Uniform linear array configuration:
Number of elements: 24
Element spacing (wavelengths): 0.25
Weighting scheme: uniform
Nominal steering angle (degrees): -15
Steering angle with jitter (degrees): -15.896
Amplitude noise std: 0.05
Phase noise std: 0.05

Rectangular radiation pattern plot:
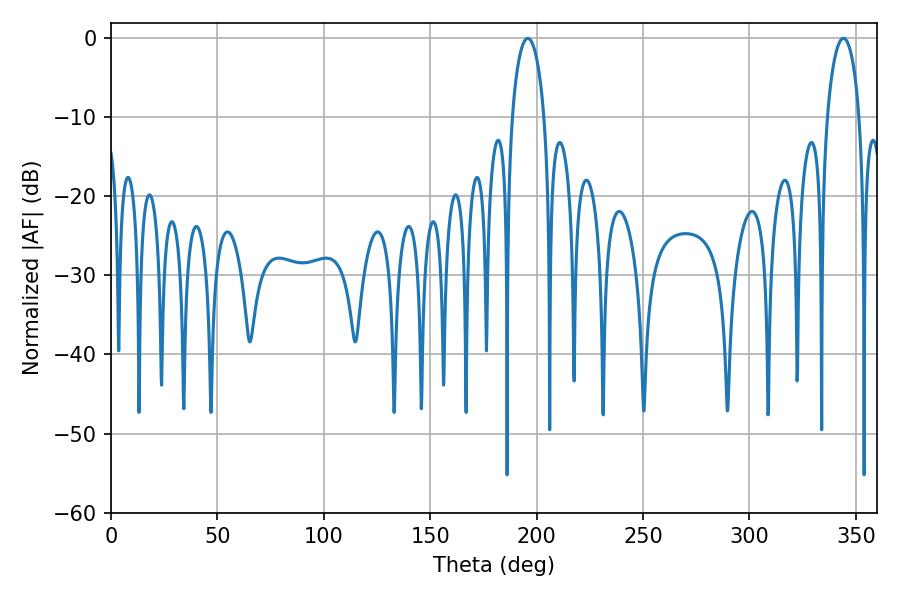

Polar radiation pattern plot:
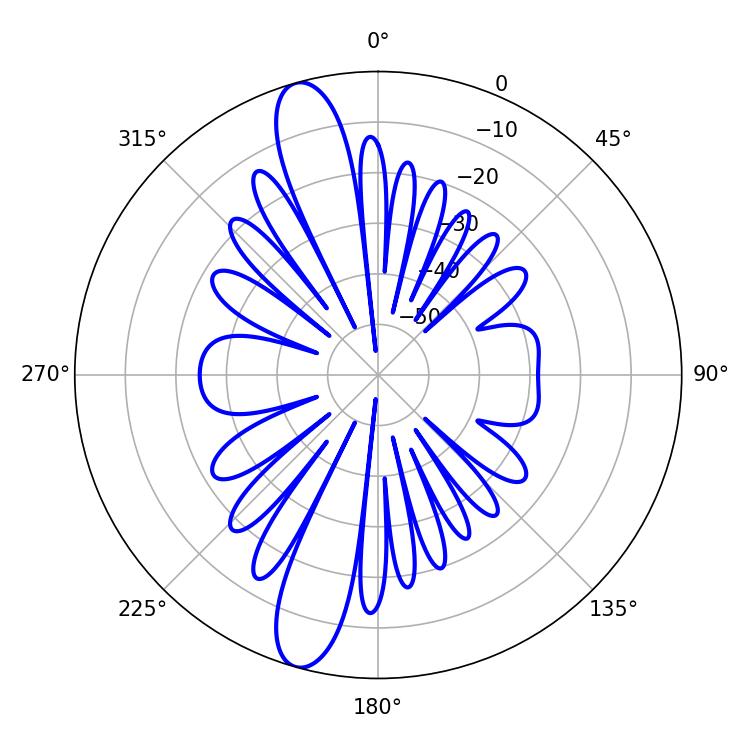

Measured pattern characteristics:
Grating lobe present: FALSE
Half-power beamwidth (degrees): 8.64
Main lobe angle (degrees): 195.84